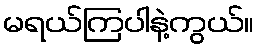
မရယ်ကြပါနဲ့ကွယ်။